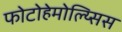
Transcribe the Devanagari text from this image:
फोटोहेमोल्य्सिस